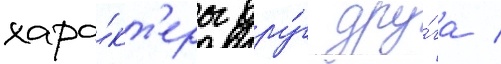
хара́кт'еры дру́г дру́га /